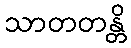
သာတတန္တိ